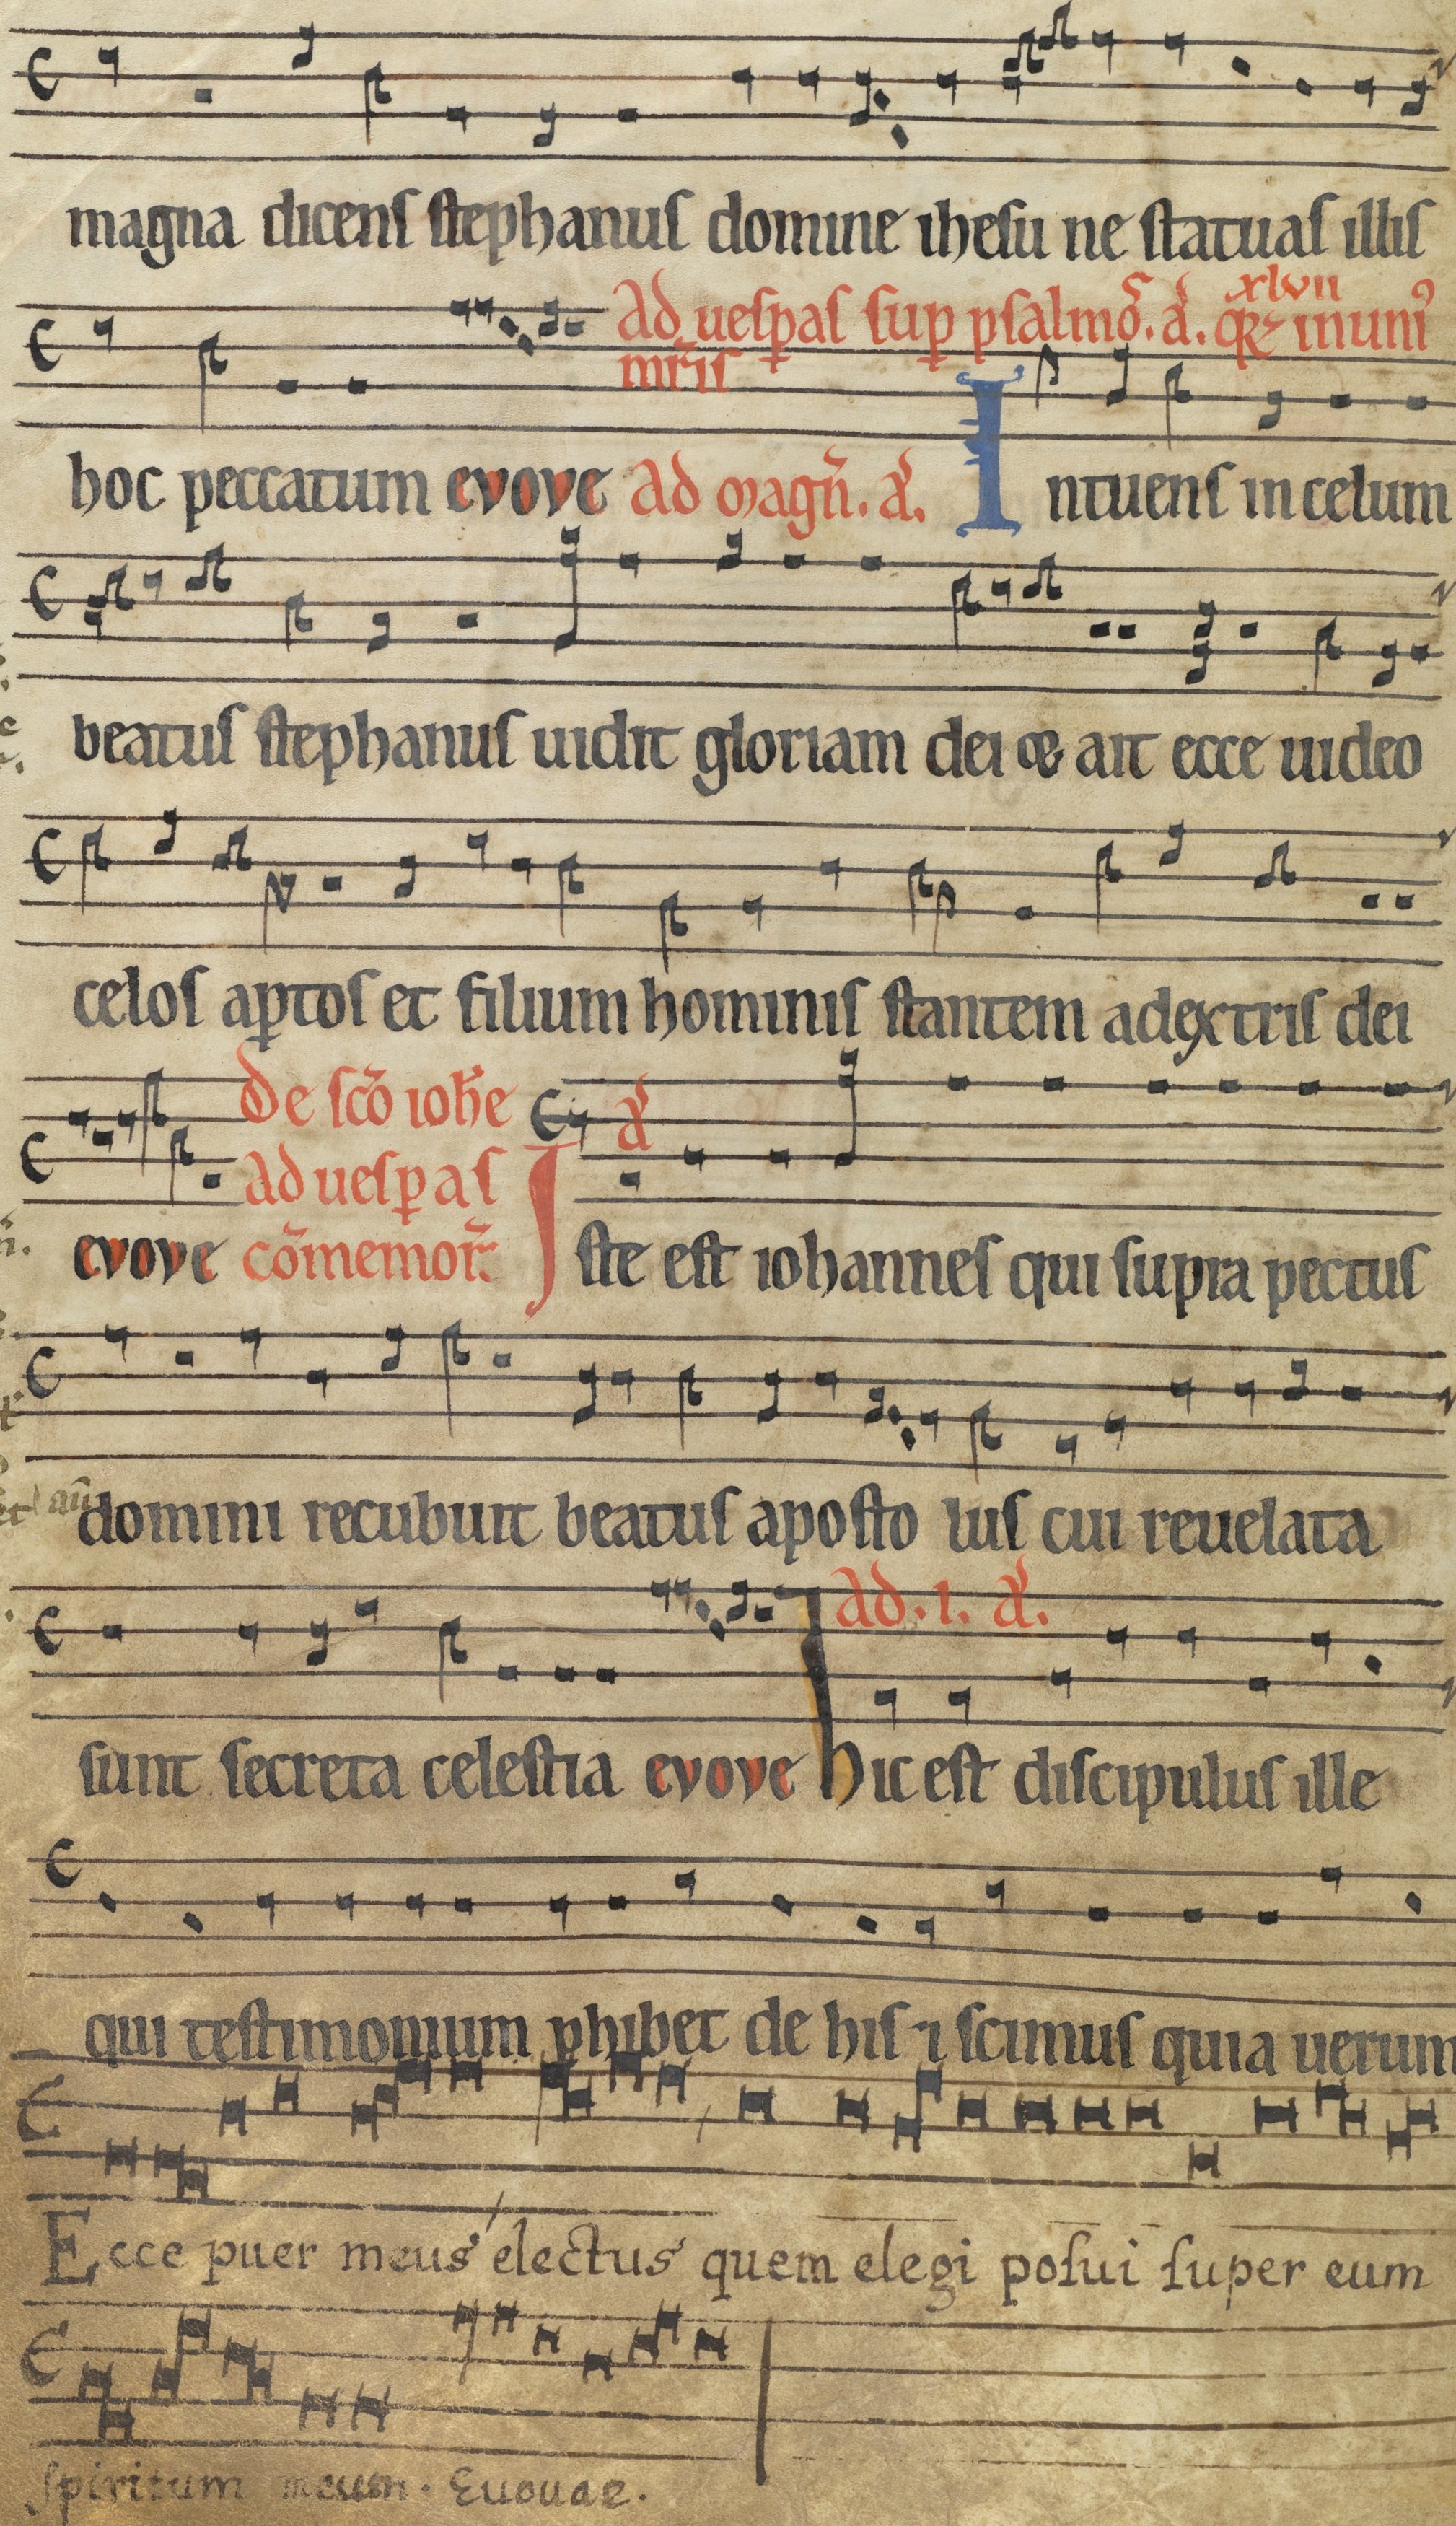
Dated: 1185–1215